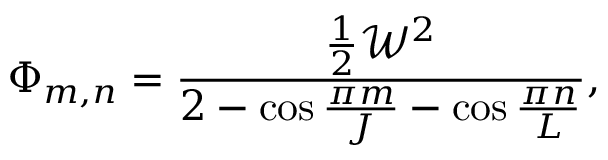
\Phi _ { m , n } = \frac { \frac { 1 } { 2 } \mathcal { W } ^ { 2 } } { 2 - \cos \frac { \pi m } { J } - \cos \frac { \pi n } { L } } ,